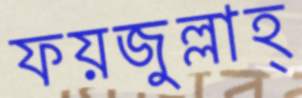
ফয়জুল্লাহ্